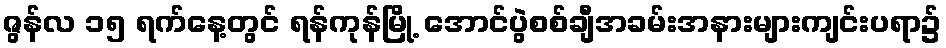
ဇွန်လ ၁၅ ရက်နေ့တွင် ရန်ကုန်မြို့ အောင်ပွဲစစ်ချီအခမ်းအနားများကျင်းပရာ၌